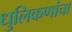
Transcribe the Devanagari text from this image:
धुलिकणांचा